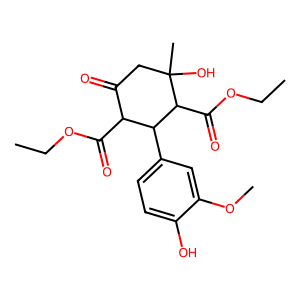
SMILES: CCOC(=O)C1C(=O)CC(C)(O)C(C(=O)OCC)C1c1ccc(O)c(OC)c1
Inhibits HIV replication: No